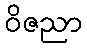
ဝိဇညာ